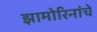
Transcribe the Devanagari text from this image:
झामोरिनांचे